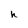
Character: h